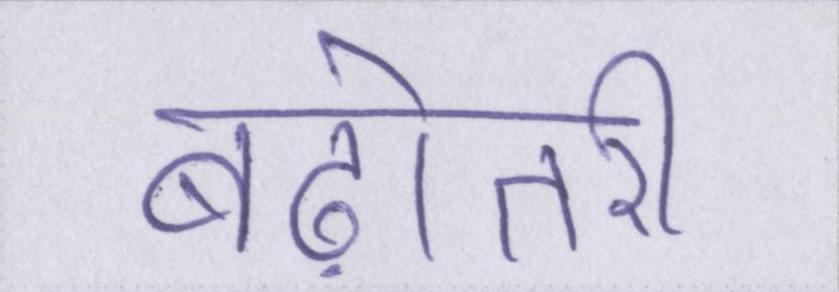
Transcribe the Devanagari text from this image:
बढ़ोतरी